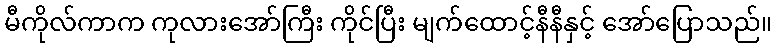
မီကိုလ်ကာက ကုလားအော်ကြီး ကိုင်ပြီး မျက်ထောင့်နီနီနှင့် အော်ပြောသည်။